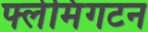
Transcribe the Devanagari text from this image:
फ्लेमिंगटन